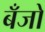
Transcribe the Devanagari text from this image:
बॅँजो